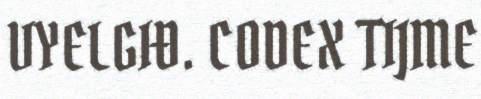
VYELGIĐ. CODEX TIJME